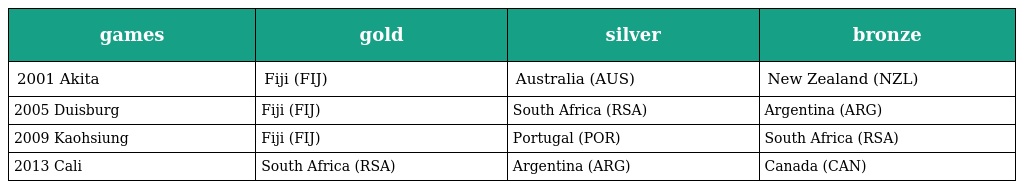
| games | gold | silver | bronze |
 | --- | --- | --- | --- |
 | 2001 Akita | Fiji (FIJ) | Australia (AUS) | New Zealand (NZL) |
 | 2005 Duisburg | Fiji (FIJ) | South Africa (RSA) | Argentina (ARG) |
 | 2009 Kaohsiung | Fiji (FIJ) | Portugal (POR) | South Africa (RSA) |
 | 2013 Cali | South Africa (RSA) | Argentina (ARG) | Canada (CAN) |